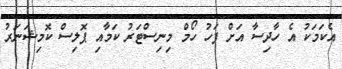
އެކަމަކު އެ ހާދިސާ އަށް ފަހު ހޯމް މިނިސްޓަރު ކަމާއި ޕޮލިސް ކޮމިޝަނަރު